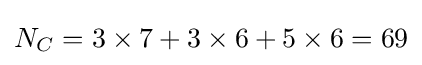
N_{C}=3\times 7+3\times 6+5\times 6=69